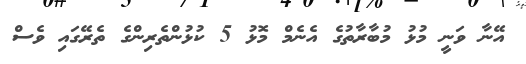
އޭނާ ވަނީ މުޅު މުބާރާތުގެ އެނެމް މޮޅު 5 ކުޅުންތެރިންގެ ތެރޭގައި ވެސް